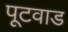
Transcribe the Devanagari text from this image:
पूटवाड